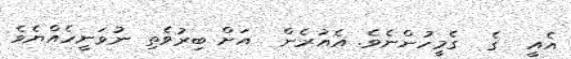
އެއީ  ގެ  ގެމީހުންނެވެ. އެއުރެން  އަށް ބިރުވެތި ނުވަނީހެއްޔެވެ